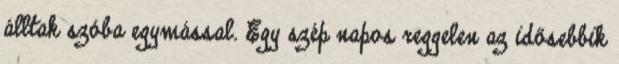
álltak szóba egymással. Egy szép napos reggelen az idősebbik